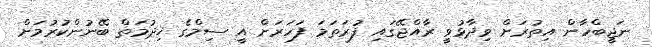
ނަޖީބްހާން އިތުރަށް ވިދާޅުވީ ރާއްޖޭގައި ފުރަތަމަ ފަހަރަށް އީ ސިމްގެ ޚިދުމަތް ބޭނުންކުރުމަށް